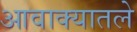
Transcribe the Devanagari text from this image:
आवाक्यातले